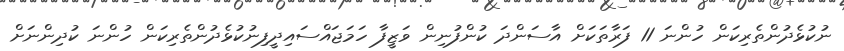
ނުކުޅެދުންތެރިކަން ހުންނަ 11 ފަރާތަަކަށް އާސަންދަ ކުންފުނިން ވަޒީފާ ހަމަޖައްސައިދީފިނުކުޅެދުންތެރިކަން ހުންނަ ކުދިންނަށް